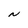
Character: N